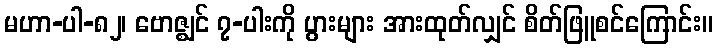
မဟာ-ပါ-၈၂၊ ဗောဇ္ဈင် ၇-ပါးကို ပွားများ အားထုတ်လျှင် စိတ်ဖြူစင်ကြောင်း။